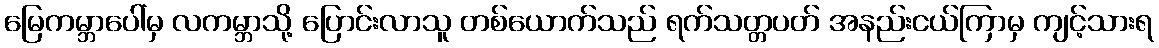
မြေကမ္ဘာပေါ်မှ လကမ္ဘာသို့ ပြောင်းလာသူ တစ်ယောက်သည် ရက်သတ္တပတ် အနည်းငယ်ကြာမှ ကျင့်သားရ